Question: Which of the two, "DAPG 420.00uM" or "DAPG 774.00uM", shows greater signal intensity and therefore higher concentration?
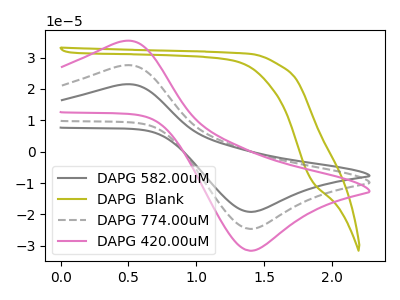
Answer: <think>The gray curve "DAPG 582.00uM" has an anodic peak at (0.45V, 54.95uA) and a cathodic peak at (1.40V, -49.20uA). The olive curve "DAPG  Blank" has no peaks. The gray dashed curve "DAPG 774.00uM" has an anodic peak at (0.45V, 27.45uA) and a cathodic peak at (1.40V, -24.60uA). The pink curve "DAPG 420.00uM" has an anodic peak at (0.45V, 35.20uA) and a cathodic peak at (1.40V, -31.55uA).
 All the peaks in "DAPG 420.00uM" have a peak in "DAPG 774.00uM" at the same potential. Every peak in "DAPG 420.00uM" is higher than every peak in "DAPG 774.00uM".</think>
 <answer>"DAPG 420.00uM" has more signal than "DAPG 774.00uM" and so likely has a higher concentration.</answer>
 <eval>more_concentration</eval>